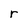
Character: r